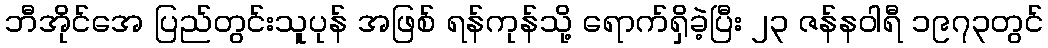
ဘီအိုင်အေ ပြည်တွင်းသူပုန် အဖြစ် ရန်ကုန်သို့ ရောက်ရှိခဲ့ပြီး ၂၃ ဇန်နဝါရီ ၁၉၇၃တွင်